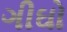
ગીઘો